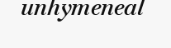
unhymeneal